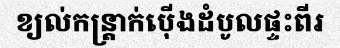
ខ្យល់កន្ត្រាក់ប៉ើងដំបូលផ្ទះពីរ